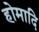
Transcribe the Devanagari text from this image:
होमादि